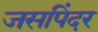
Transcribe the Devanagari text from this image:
जसपिंदर